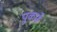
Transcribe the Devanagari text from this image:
पुकारूँ